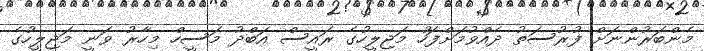
މެންބަރުންނަށް ފުރުސަތު ދެއްވުމަށްފަހު މަޖިލީހުގެ ރައީސް އަބްދު މަސީހް މިހާރު ވަނީ މަޖިލީހުގެ